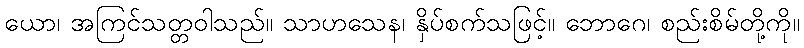
ယော၊ အကြင်သတ္တဝါသည်။ သာဟသေန၊ နှိပ်စက်သဖြင့်။ ဘောဂေ၊ စည်းစိမ်တို့ကို။